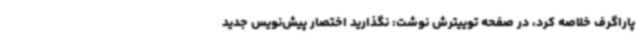
پاراگرف خلاصه کرد، در صفحه توییترش نوشت: نگذارید اختصار پیش‌نویس جدید